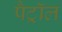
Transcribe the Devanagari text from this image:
पैट्रॉल